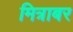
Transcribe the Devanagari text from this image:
मित्राबर